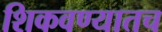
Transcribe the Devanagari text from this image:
शिकवण्यातच